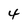
Character: 4